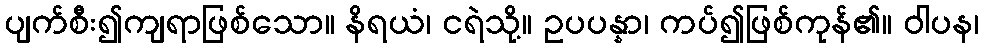
ပျက်စီး၍ကျရာဖြစ်သော။ နိရယံ၊ ငရဲသို့။ ဥပပန္နာ၊ ကပ်၍ဖြစ်ကုန်၏။ ဝါပန၊